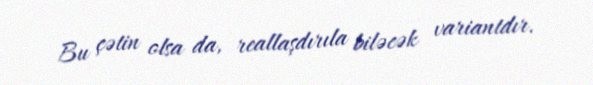
Bu çətin olsa da, reallaşdırıla biləcək variantdır.